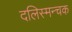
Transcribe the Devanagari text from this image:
दलिस्मन्चक